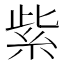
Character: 紫